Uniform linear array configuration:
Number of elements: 24
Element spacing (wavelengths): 0.75
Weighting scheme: hann
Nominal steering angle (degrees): -45
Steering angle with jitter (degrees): -44.596
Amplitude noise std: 0.05
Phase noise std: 0.05

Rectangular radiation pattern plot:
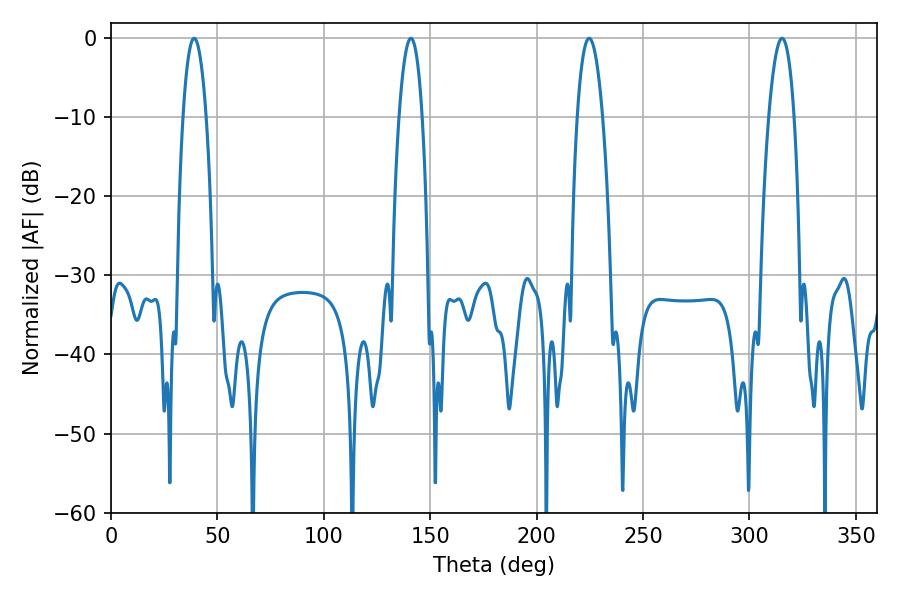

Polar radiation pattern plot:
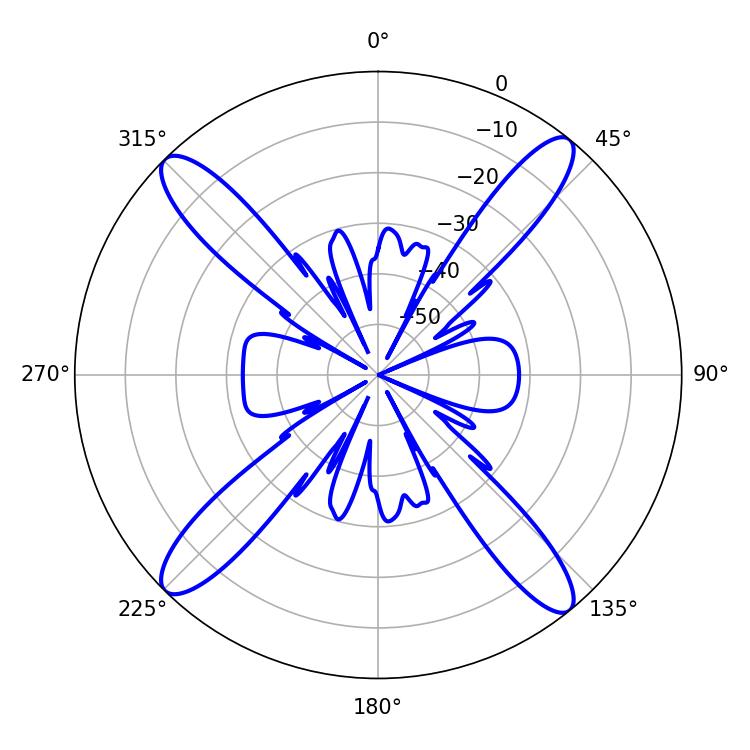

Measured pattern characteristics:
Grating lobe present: TRUE
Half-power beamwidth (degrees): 5.94
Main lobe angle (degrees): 140.94